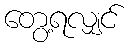
တွေ့ရလျှင်